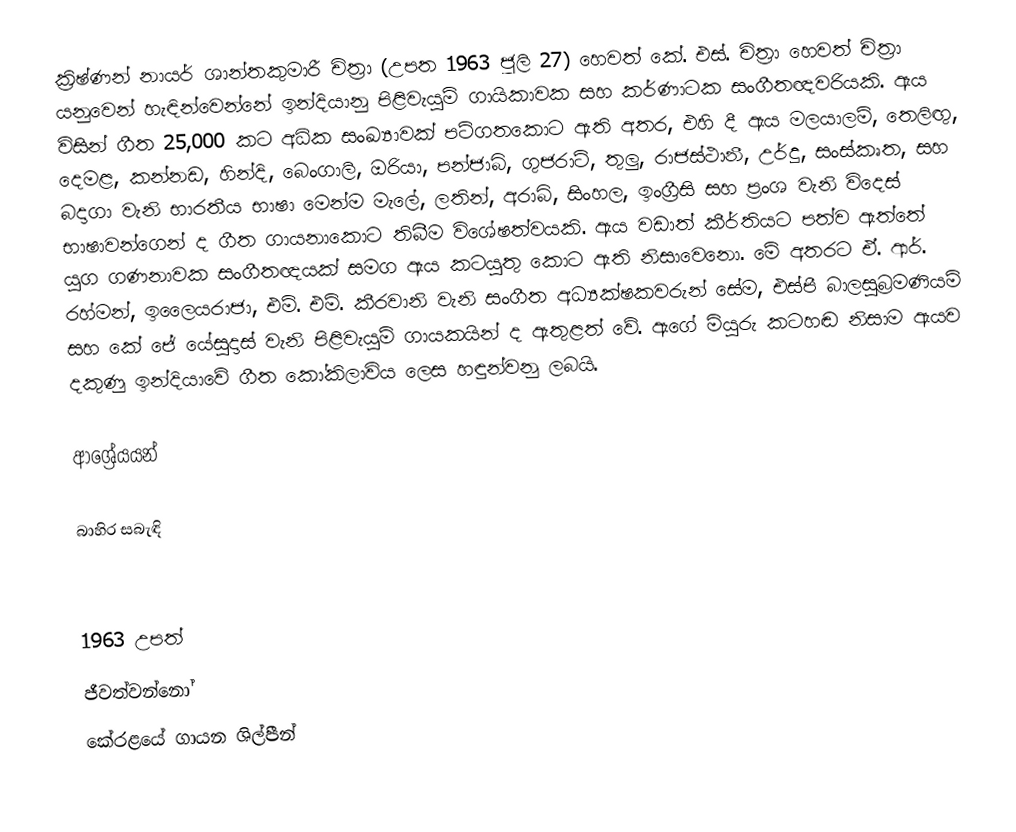
ක්‍රිෂ්ණන් නායර් ශාන්තකුමාරී චිත්‍රා (උපත 1963 ජූලි 27) හෙවත් කේ. එස්. චිත්‍රා හෙවත් චිත්‍රා යනුවෙන් හැඳින්වෙන්නේ ඉන්දියානු පිළිවැයුම් ගායිකාවක සහ කර්ණාටක සංගීතඥවරියකි. ඇය විසින් ගීත 25,000 කට අධික සංඛ්‍යාවක් පටිගතකොට ඇති අතර, එහි දී ඇය මලයාලම්, තෙලිඟු, දෙමළ, කන්නඩ, හින්දි, බෙංගාලි, ඔරියා, පන්ජාබි, ගුජරාටි, තුලු, රාජස්ථානී, උර්දු, සංස්කෘත, සහ බදාගා වැනි භාරතීය භාෂා මෙන්ම මැලේ, ලතින්, අරාබි, සිංහල, ඉංග්‍රීසි සහ ප්‍රංශ වැනි විදෙස් භාෂාවන්ගෙන් ද ගීත ගායනාකොට තිබීම විශේෂත්වයකි.  ඇය වඩාත් කීර්තියට පත්ව ඇත්තේ යුග ගණනාවක සංගීතඥයක් සමග ඇය කටයුතු කොට ඇති නිසාවෙනො. මේ අතරට ඒ. ආර්. රහ්මන්, ඉලෛයරාජා, එම්. එම්. කීරවානි වැනි සංගීත අධ්‍යක්ෂකවරුන් සේම, එස්පී බාලසුබ්‍රමණියම් සහ කේ ජේ යේසුදාස් වැනි පිළිවැයුම් ගායකයින් ද ඇතුළත් වේ. ඇගේ මියුරු කටහඬ නිසාම ඇයව දකුණු ඉන්දියාවේ ගීත කෝකිලාවිය ලෙස හඳුන්වනු ලබයි.

ආශ්‍රේයයන්

බාහිර සබැඳි

1963 උපත්
ජීවත්වන්නෝ
කේරළයේ ගායන ශිල්පීන්